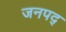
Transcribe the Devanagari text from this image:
जनपद्